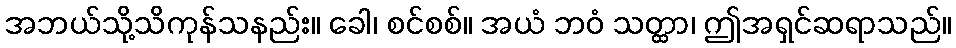
အဘယ်သို့သိကုန်သနည်း။ ခေါ၊ စင်စစ်။ အယံ ဘဝံ သတ္ထာ၊ ဤအရှင်ဆရာသည်။